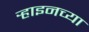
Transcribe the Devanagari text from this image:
र्‍हाइनच्या